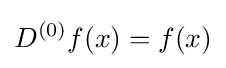
D^{(0)}f(x)=f(x)